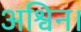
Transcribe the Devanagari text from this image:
अश्विन।